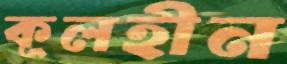
কূলহীন